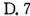
D.7